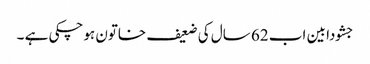
جشودا بین اب 62 سال کی ضعیف خاتون ہوچکی ہے ۔